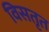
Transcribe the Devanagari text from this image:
विसतृत